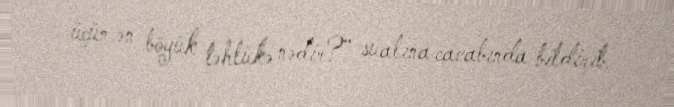
üçün ən böyük təhlükə nədir?” sualına cavabında bildirib.